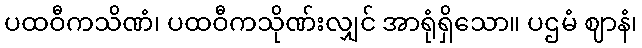
ပထဝီကသိဏံ၊ ပထဝီကသိုဏ်းလျှင် အာရုံရှိသော။ ပဌမံ ဈာနံ၊